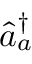
\hat { a } _ { a } ^ { \dagger }